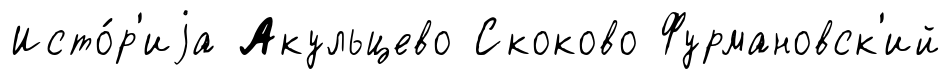
Исто́р'иjа Акульцево Скоково Фурмановск'ий